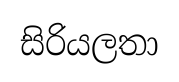
සිරියලතා